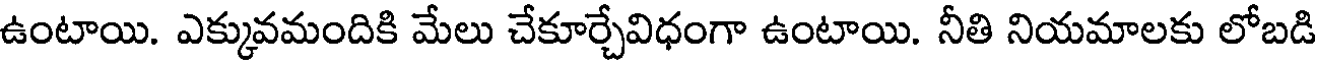
ఉంటాయి. ఎక్కువమందికి మేలు చేకూర్చేవిధంగా ఉంటాయి. నీతి నియమాలకు లోబడి